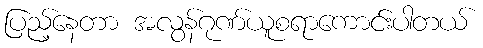
ပြည့်နေတာ အလွန်ဂုဏ်ယူစရာကောင်းပါတယ်